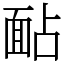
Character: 䩇